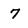
Character: 7